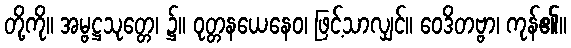
တို့ကို။ အမ္ဗဋ္ဌသုတ္တေ၊ ၌။ ဝုတ္တနယေနေဝ၊ ဖြင့်သာလျှင်။ ဝေဒိတဗ္ဗာ၊ ကုန်၏။